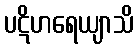
ပဋိဟရေယျာသိ